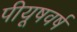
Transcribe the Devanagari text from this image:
पीयूषवर्ष